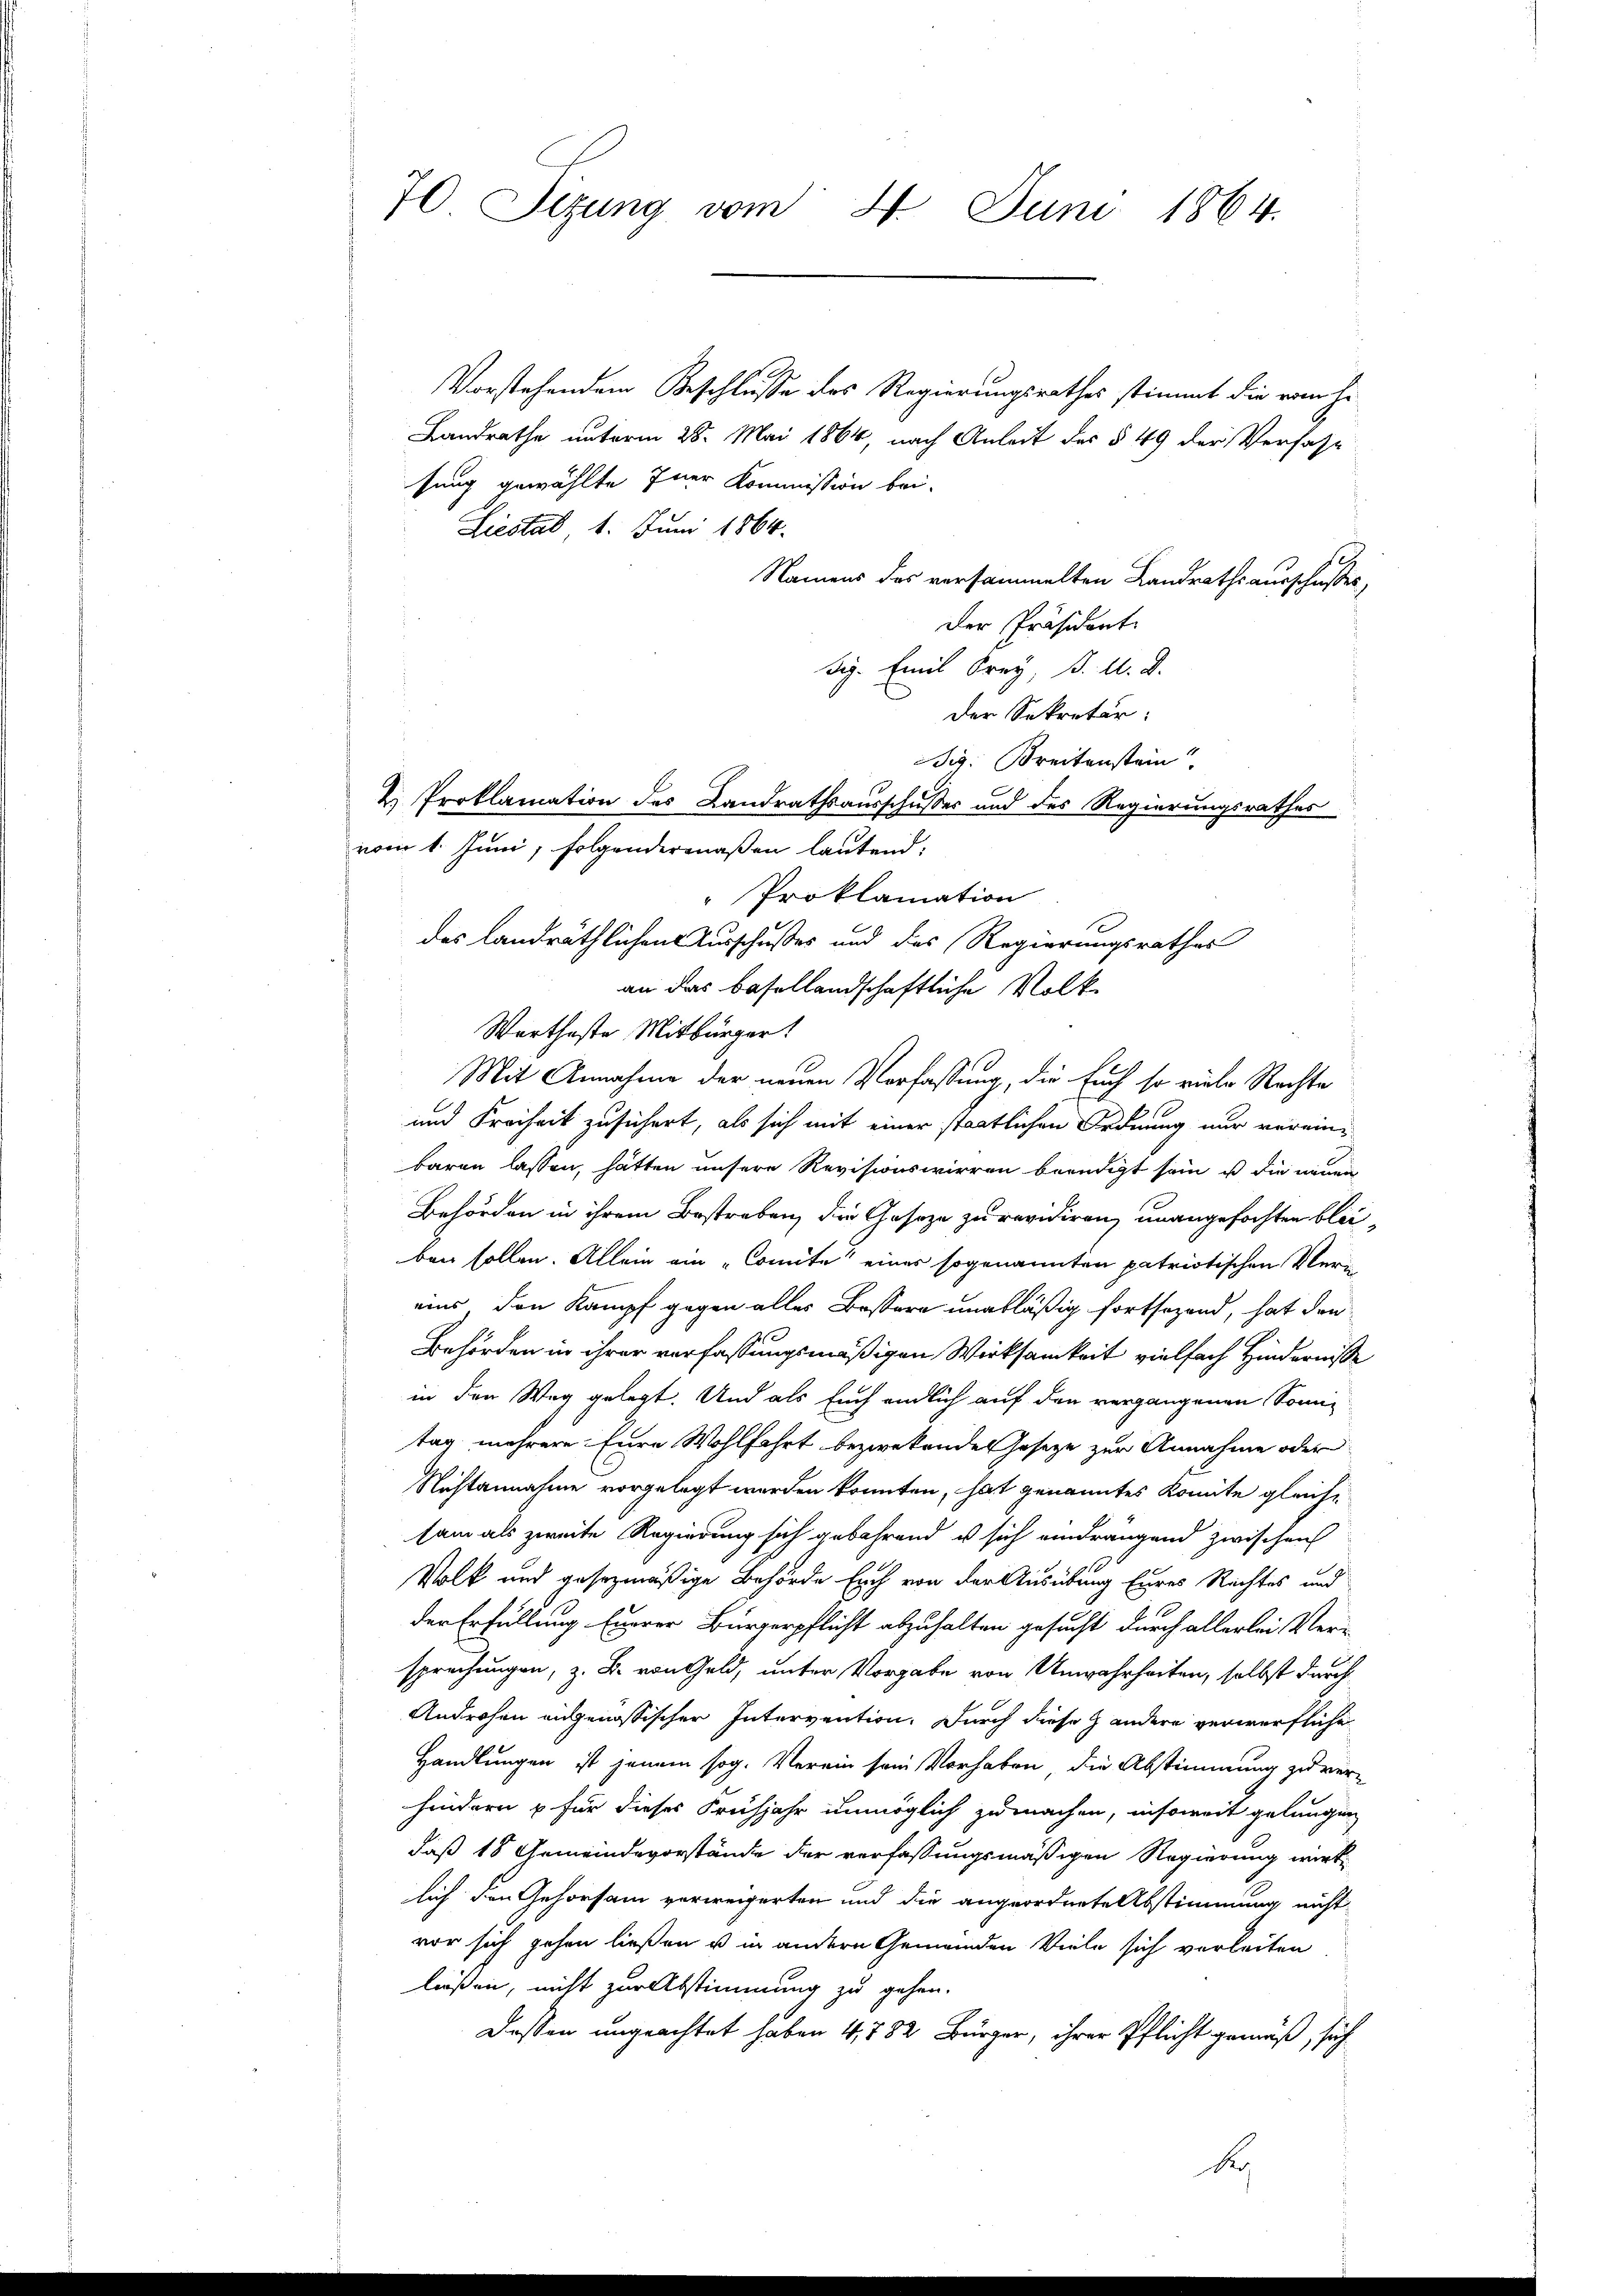
70 Sizung vom 4. Juni 1864.

Vorstehendem Beschlusse des Regierungsrathes stimmt die vom he
Landrathe unterm 28. Mai 1864, nach Anleit des § 49 der Verfass
sung gewählte Inner Kommission bei.
Liestab 1. Juni 1864.
Namens des versammelten Landrathsausschußes,
Der Präsident
dig. Emil Frey, d. M. D.
Der Sekretär:
dig. Breitenstein
vom 1. Juni, folgendermaßen lautend:
Proklamation
des Landräthlichen Ausschußes und des Regierungsrathes
an das basellandschaftliche Volke
Wartheste Mitbürger
Mit Annahme der neuen Verfassung, die Euch so viele Rechte
und Freiheit zusichert, als sich mit einer staatlichen Ordnung nur vereinbaren lassen, hätten unsere Revisionswirren beendigt sein, u die neuen
Behörden in ihrem Bestreben, die Gesetze zu revidiren, unangefochten bleiben sollen. Allein ein „Comite eines sogenannten patriotischen Vereins den Kampf gegen alles Bassere unabläßig fortsezend, hat den
Behörden in ihrer verfassungsmäßigen Wirksamkeit vielfach Hindernisse
in den Weg gelegt. Und als Euch endlich auf den vergangenen Sonn-
tag mehrere Eure Wohlfahrt bezwekendes Gesetze zur Annahme oder
Nichtannahme vorgelegt werden konnten, hat genanntes Komite gleich-
sam als zweite Regierung sich gebährend u sich eindrangend zwischen
Volk und gesezmäßige Behörde Euch von der Ausübung Eures Rechtes und
der Erfüllung Euerer Bürgerpflicht abzuhalten gesucht durch allerlei Versprechungen, z. B. von Geld, unter Vorgabe von Unwahrheiten, selbst durch
Androhen angenössischer Intervention. Durch diese Handere verwerfliche
Handlungen ist jenem sog. Verein sein Vorhaben, die Abstimmung zu ver-
hindern & für dieses Frühjahr unmöglich zu machen, insoweit gelungen
daß 18 Gemeindevorstände der verfassungsmäßigen Regierung wirklich den Gehorsam verweigerten und die angeordnete Abstimmung nicht
vor sich gehen ließen u in andern Gemeinden Viele sich verleiten
ließen, nicht zur Abstimmung zu gehen.
Dassen ungeachtet haben 4,282 Bürger, ihrer Pflicht gemäß, sich
bey

2.) Proklamation des Landrathsausschusser und des Regierungsrathes